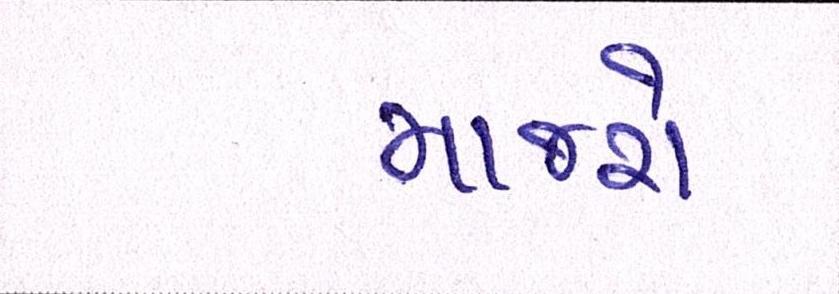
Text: માજરો